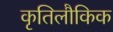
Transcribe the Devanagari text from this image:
कृतिलौकिक